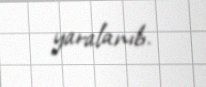
yaralanıb.